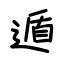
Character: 遁